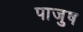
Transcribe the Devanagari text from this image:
पाजुष